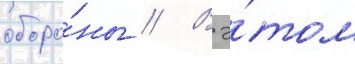
оборо́ны // В э́том